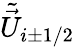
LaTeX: \tilde{\vec{U}}_{i\pm 1/2}